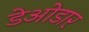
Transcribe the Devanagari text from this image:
डेओडार